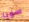
سويا